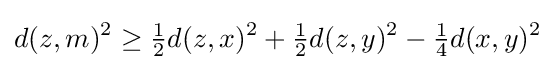
d(z,m)^{2}\geq {\tfrac {1}{2}}d(z,x)^{2}+{\tfrac {1}{2}}d(z,y)^{2}-{\tfrac {1}{4}}d(x,y)^{2}